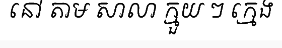
នៅ តាម សាលា ក្មួយ ៗ ក្មេង